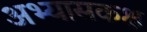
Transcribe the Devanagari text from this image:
अभ्यासकक्ष